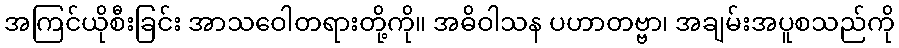
အကြင်ယိုစီးခြင်း အာသဝေါတရားတို့ကို။ အဓိဝါသန ပဟာတဗ္ဗာ၊ အချမ်းအပူစသည်ကို